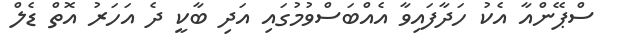
ސްޕޭންއާ އެކު ހަދާފައިވާ އެއްބަސްވުމުގައި އަދި ބާކީ ދެ އަހަރު އޮތް ޑެލް